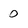
Character: 0